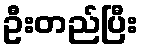
ဦးတည်ပြီး